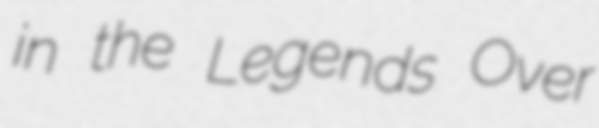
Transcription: in the Legends Over